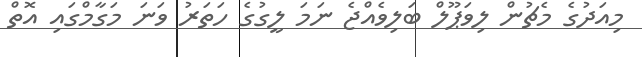
މިއަދުގެ މެޗުން ލިވަޕޫލް ބަލިވެއްޖެ ނަމަ ލީގުގެ ހަތަރު ވަނަ މަގާމްގައި އޮތް